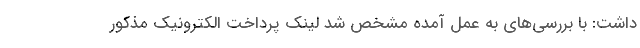
داشت: با بررسی‌های به عمل آمده مشخص شد لینک پرداخت الکترونیک مذکور